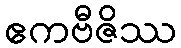
ဧကဗီဇိဿ